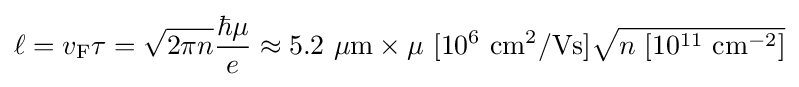
\ell =v_{\rm {F}}\tau ={\sqrt {2\pi n}}{\frac {\hbar \mu }{e}}\approx 5.2\ \mu \mathrm {m} \times \mu \ [10^{6}\ \mathrm {cm^{2}/Vs} ]{\sqrt {n\ [10^{11}\ \mathrm {cm^{-2}} ]}}